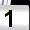
Digit: 1